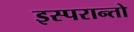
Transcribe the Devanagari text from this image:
इस्परान्तो